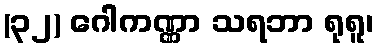
(၃၂) ဂေါကဏ္ဏာ သရဘာ ရုရူ၊